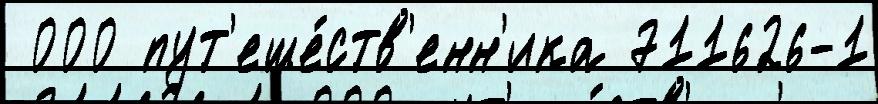
 000 пут'еше́ств'енн'ика 711626-1